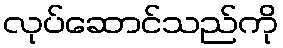
လုပ်ဆောင်သည်ကို